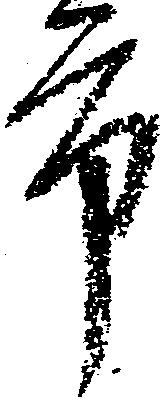
市